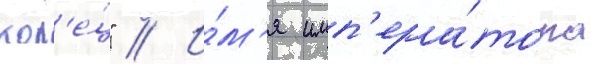
кол'е́ц" // И́м'я имп'ера́тора